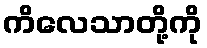
ကိလေသာတို့ကို